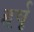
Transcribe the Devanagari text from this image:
हर्षू